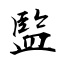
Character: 監